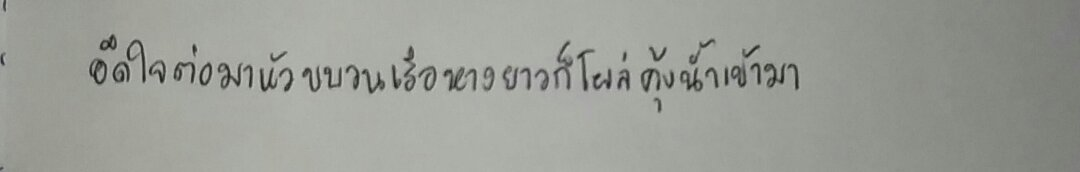
อึดใจต่อมาหัวขบวนเรือหางยาวก็โผล่คุ้งน้ำเข้ามา